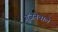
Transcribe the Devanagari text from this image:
गूंजनेवाले